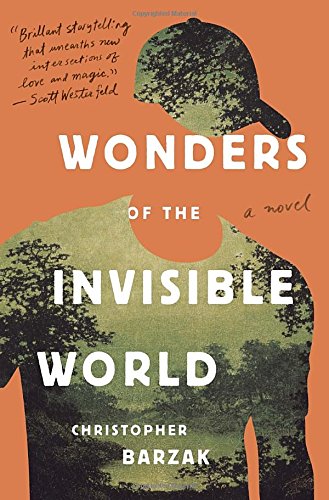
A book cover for Wonders of the Invisible World; Christopher Barzak; Teen & Young Adult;